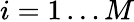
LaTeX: i=1\dots M